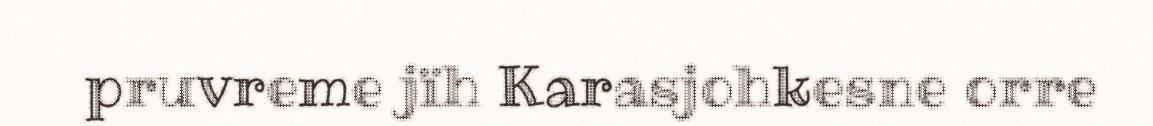
pruvreme jïh Karasjohkesne orre